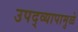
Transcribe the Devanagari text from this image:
उपद्‌व्यापामुळे